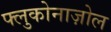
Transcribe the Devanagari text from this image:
फ्लुकोनाज़ोल